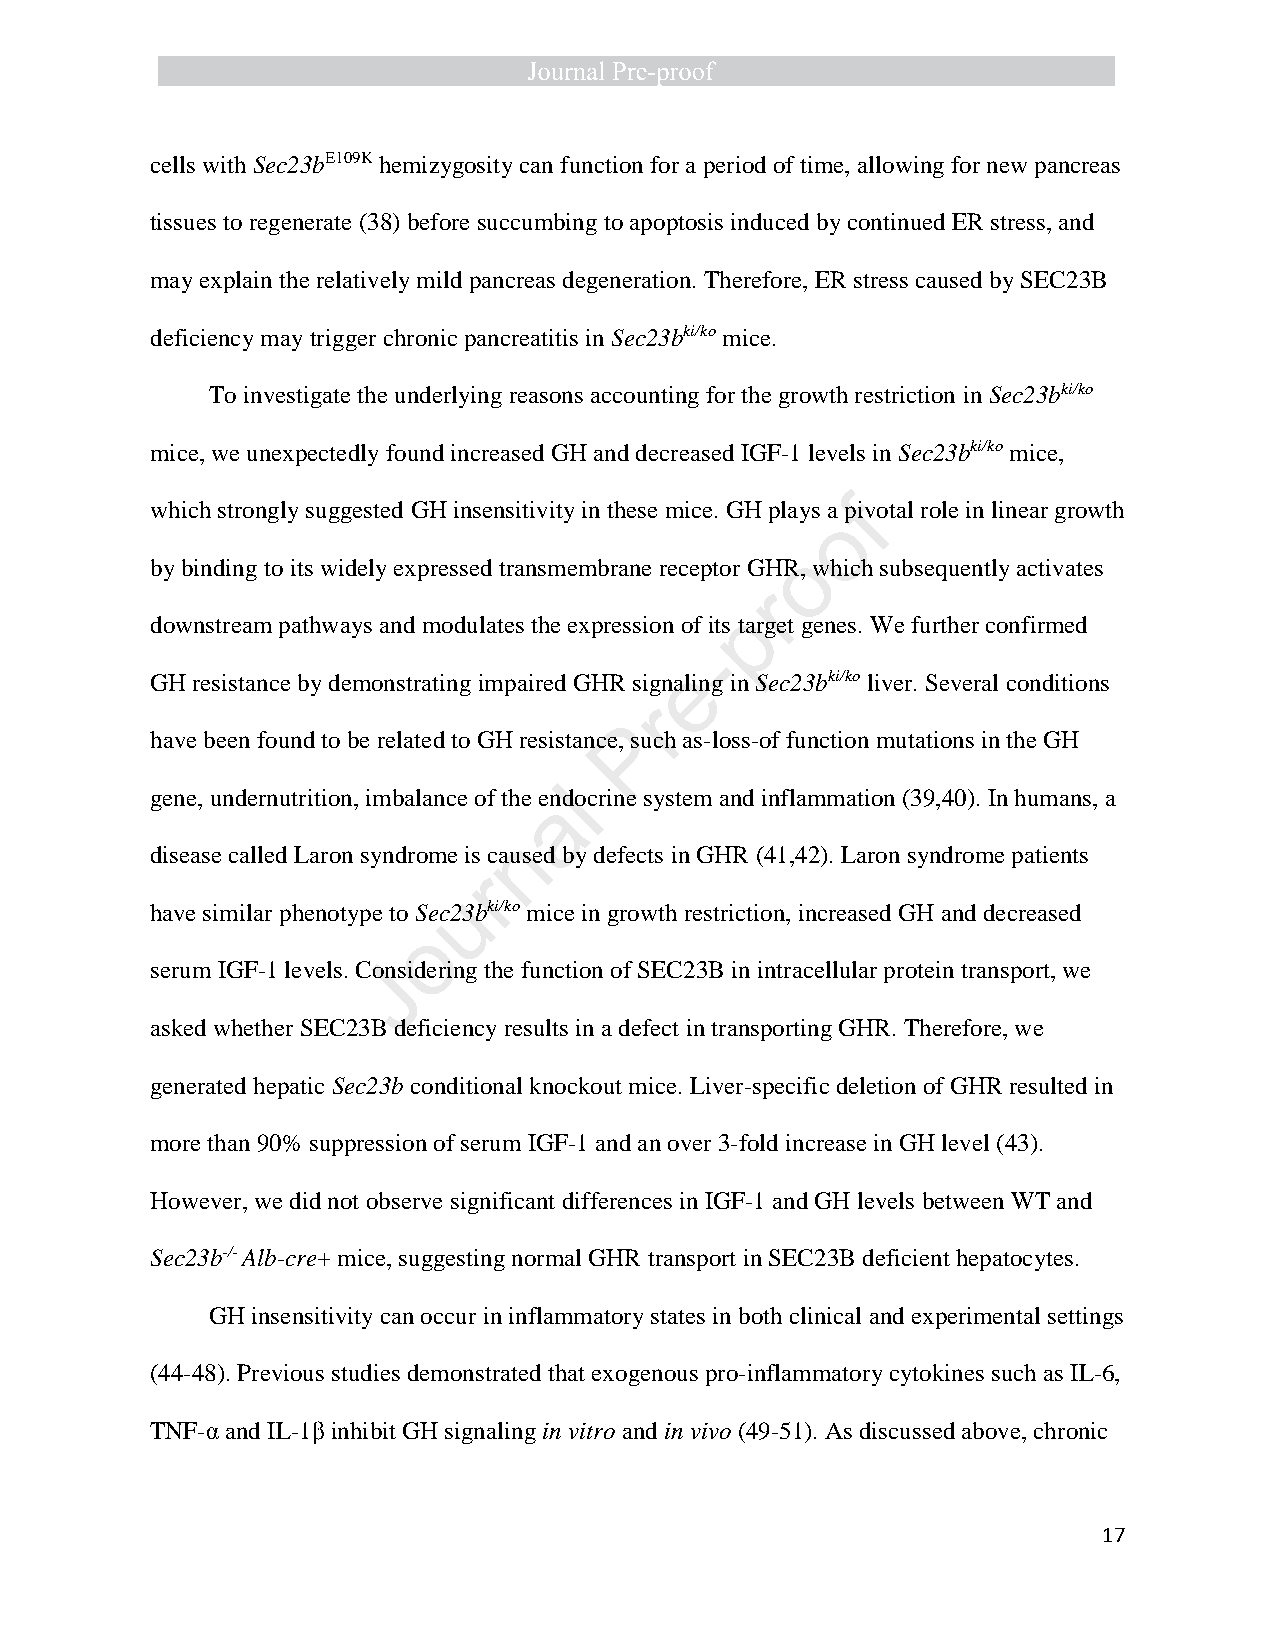
cells with Sec23bE109K hemizygosity can function for a period of time, allowing for new pancreas
 tissues to regenerate (38) before succumbing to apoptosis induced by continued ER stress, and
 may explain the relatively mild pancreas degeneration. Therefore, ER stress caused by SEC23B
 deficiency may trigger chronic pancreatitis in Sec23bki/ko mice.
 To investigate the underlying reasons accounting for the growth restriction in Sec23bki/ko
 mice, we unexpectedly found increased GH and decreased IGF-1 levels in Sec23bki/ko mice,
 which strongly suggested GH insensitivity in these mice. GH plays a pfivotal role in linear growth
 o
 o
 by binding to its widely expressed transmembrane receptor GHR, which subsequently activates
 r
 p
 downstream pathways and modulates the expression of its target genes. We further confirmed
 -
 GH resistance by demonstrating impaired GHR signae ling in Sec23bki/ko liver. Several conditions
 r
 P
 have been found to be related to GH resistance, such as-loss-of function mutations in the GH
 gene, undernutrition, imbalance of the endlocrine system and inflammation (39,40). In humans, a
 a
 n
 disease called Laron syndrome is caused by defects in GHR (41,42). Laron syndrome patients
 r
 u
 have similar phenotype to Sec23bki/ko mice in growth restriction, increased GH and decreased
 o
 serum IGF-1 levels. ConJsidering the function of SEC23B in intracellular protein transport, we
 asked whether SEC23B deficiency results in a defect in transporting GHR. Therefore, we
 generated hepatic Sec23b conditional knockout mice. Liver-specific deletion of GHR resulted in
 more than 90% suppression of serum IGF-1 and an over 3-fold increase in GH level (43).
 However, we did not observe significant differences in IGF-1 and GH levels between WT and
 Sec23b-/- Alb-cre+ mice, suggesting normal GHR transport in SEC23B deficient hepatocytes.
 GH insensitivity can occur in inflammatory states in both clinical and experimental settings
 (44-48). Previous studies demonstrated that exogenous pro-inflammatory cytokines such as IL-6,
 TNF-α and IL-1β inhibit GH signaling in vitro and in vivo (49-51). As discussed above, chronic
 17